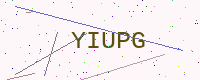
Text: YIUPG